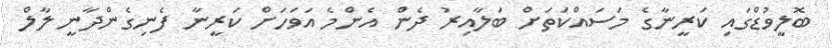
ބޮލީވުޑްގައި ކަރީނާގެ މަސައްކަތަށް ބަލާއިރު ދެން އެންމެ އަވަހަށް ކަރީނާ ފެނިގެންދާނީ ލާލް